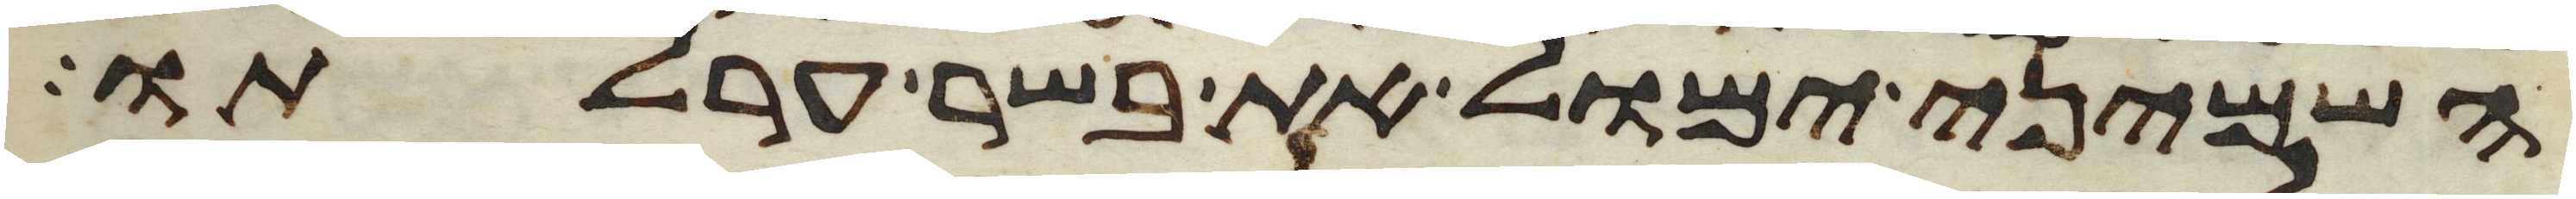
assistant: השמיני ימול את בשר ערלתו